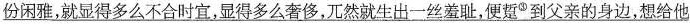
\underline{份闲雅，就显得多么不合时宜，显得多么奢侈，兀然就生出一丝羞耻，便踅^{②}到父亲的身边，想给他}